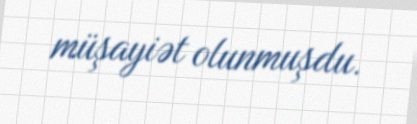
müşayiət olunmuşdu.